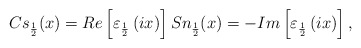
\begin{align*}Cs_{\frac{1}{2}}(x) = Re\left[\varepsilon_{\frac{1}{2}}\left(ix\right)\right] Sn_{\frac{1}{2}}(x) = -Im\left[\varepsilon_{\frac{1}{2}}\left(ix\right)\right],\end{align*}